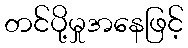
တင်ပို့မှုအနေဖြင့်